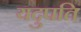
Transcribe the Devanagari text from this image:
यदुपति